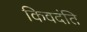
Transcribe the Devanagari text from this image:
किवदंति